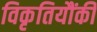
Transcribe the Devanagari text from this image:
विकृतियौंकी